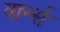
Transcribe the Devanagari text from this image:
यार्न्स